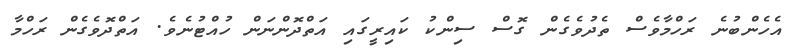
އެހެންބުނެ ރަހްމާވެސް ތެދުވެގެން ގޮސް ސިންކު ކައިރީގައި އަތްދޮންނަން ހުއްޓުނެވެ. އަތްދޮވެގެން ރަހްމާ